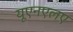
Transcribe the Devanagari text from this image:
यूएनएलए